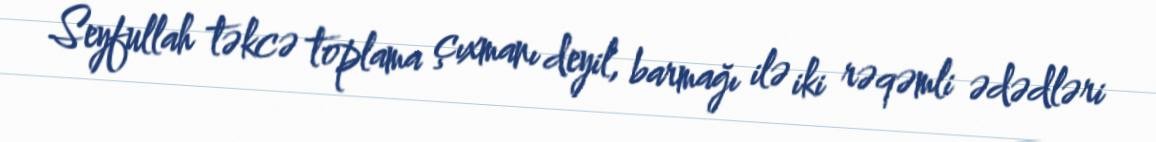
Seyfullah təkcə toplama çıxmanı deyil, barmağı ilə iki rəqəmli ədədləri